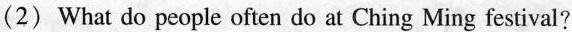
(2) What do people often do at Ching Ming festival?